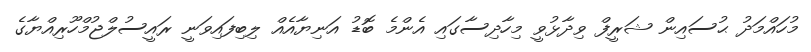
މުހައްމަދު ޙުސައިން ޝަރީފް ވިދާޅުވީ މިހާދިސާގައި އެންމެ ބޮޑު އަނިޔާއެއް ލިބިފައިވަނީ ރައީސުލްޖުމްހޫރިއްޔާގެ